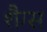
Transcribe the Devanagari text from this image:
शैग्स